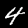
Digit: 4